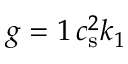
g = 1 \, c _ { \mathrm { s } } ^ { 2 } k _ { 1 }